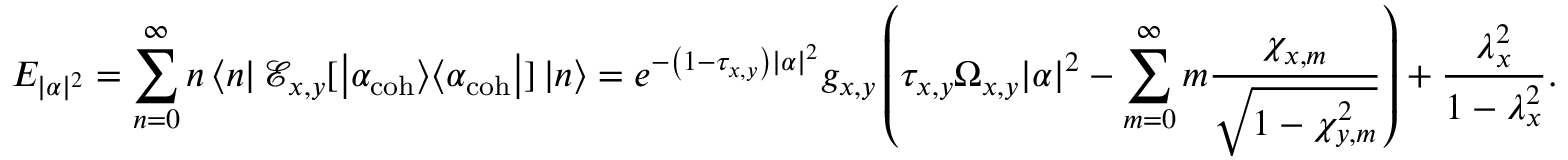
E _ { | \alpha | ^ { 2 } } = \sum _ { n = 0 } ^ { \infty } n \left< n \right| \mathcal { E } _ { x , y } [ \left| \alpha _ { \mathrm { c o h } } \middle > \middle < \alpha _ { \mathrm { c o h } } \right| ] \left| n \right> = e ^ { - \left( 1 - \tau _ { x , y } \right) | \alpha | ^ { 2 } } g _ { x , y } \left( \tau _ { x , y } \Omega _ { x , y } | \alpha | ^ { 2 } - \sum _ { m = 0 } ^ { \infty } m \frac { \chi _ { x , m } } { \sqrt { 1 - \chi _ { y , m } ^ { 2 } } } \right) + \frac { \lambda _ { x } ^ { 2 } } { 1 - \lambda _ { x } ^ { 2 } } .